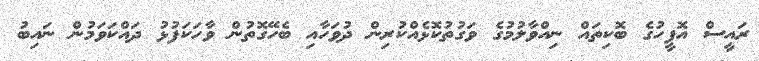
ރައީސް އޮފީހުގެ ބޮކިތައް ނިއްވާލުމުގެ ވަގުތުކޮޅެއްކުރިން ދުވަހާއި ބެހޭގޮތުން ވާހަކަފުޅު ދައްކަވަމުން ނައިބު